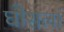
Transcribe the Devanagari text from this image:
घोसलां